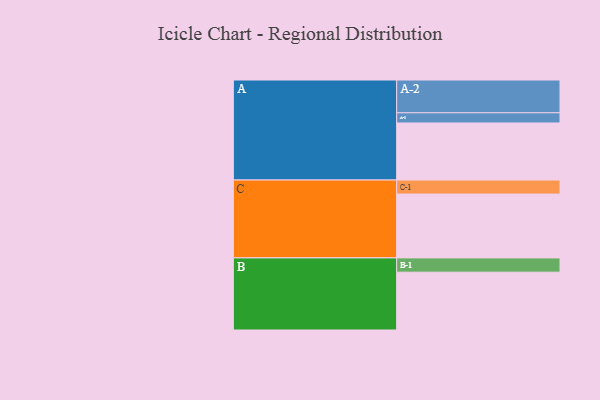
{"axis": {"x": "Segment", "y": "Value"}, "legend": ["", "A", "B", "C"], "data": [{"x": "A", "y": 435, "type": ""}, {"x": "B", "y": 441, "type": ""}, {"x": "C", "y": 487, "type": ""}, {"x": "A-1", "y": 78, "type": "A"}, {"x": "A-2", "y": 250, "type": "A"}, {"x": "B-1", "y": 109, "type": "B"}, {"x": "C-1", "y": 107, "type": "C"}]}